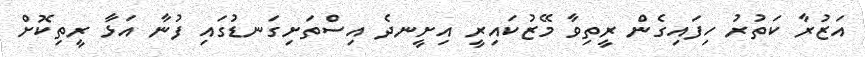
އަޒުރާ ކަތުރު ހިފައިގެން ރީތިވާ މޭޒުކައިރީ އިށީނދެ އިސްތަށިގަނޑުގައި ފުނާ އަޅާ ރީތިކޮށް